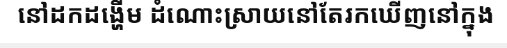
នៅដកដង្ហើម ដំណោះស្រាយនៅតែរកឃើញនៅក្នុង